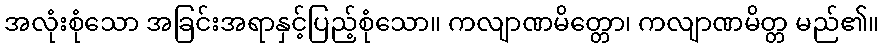
အလုံးစုံသော အခြင်းအရာနှင့်ပြည့်စုံသော။ ကလျာဏမိတ္တော၊ ကလျာဏမိတ္တ မည်၏။